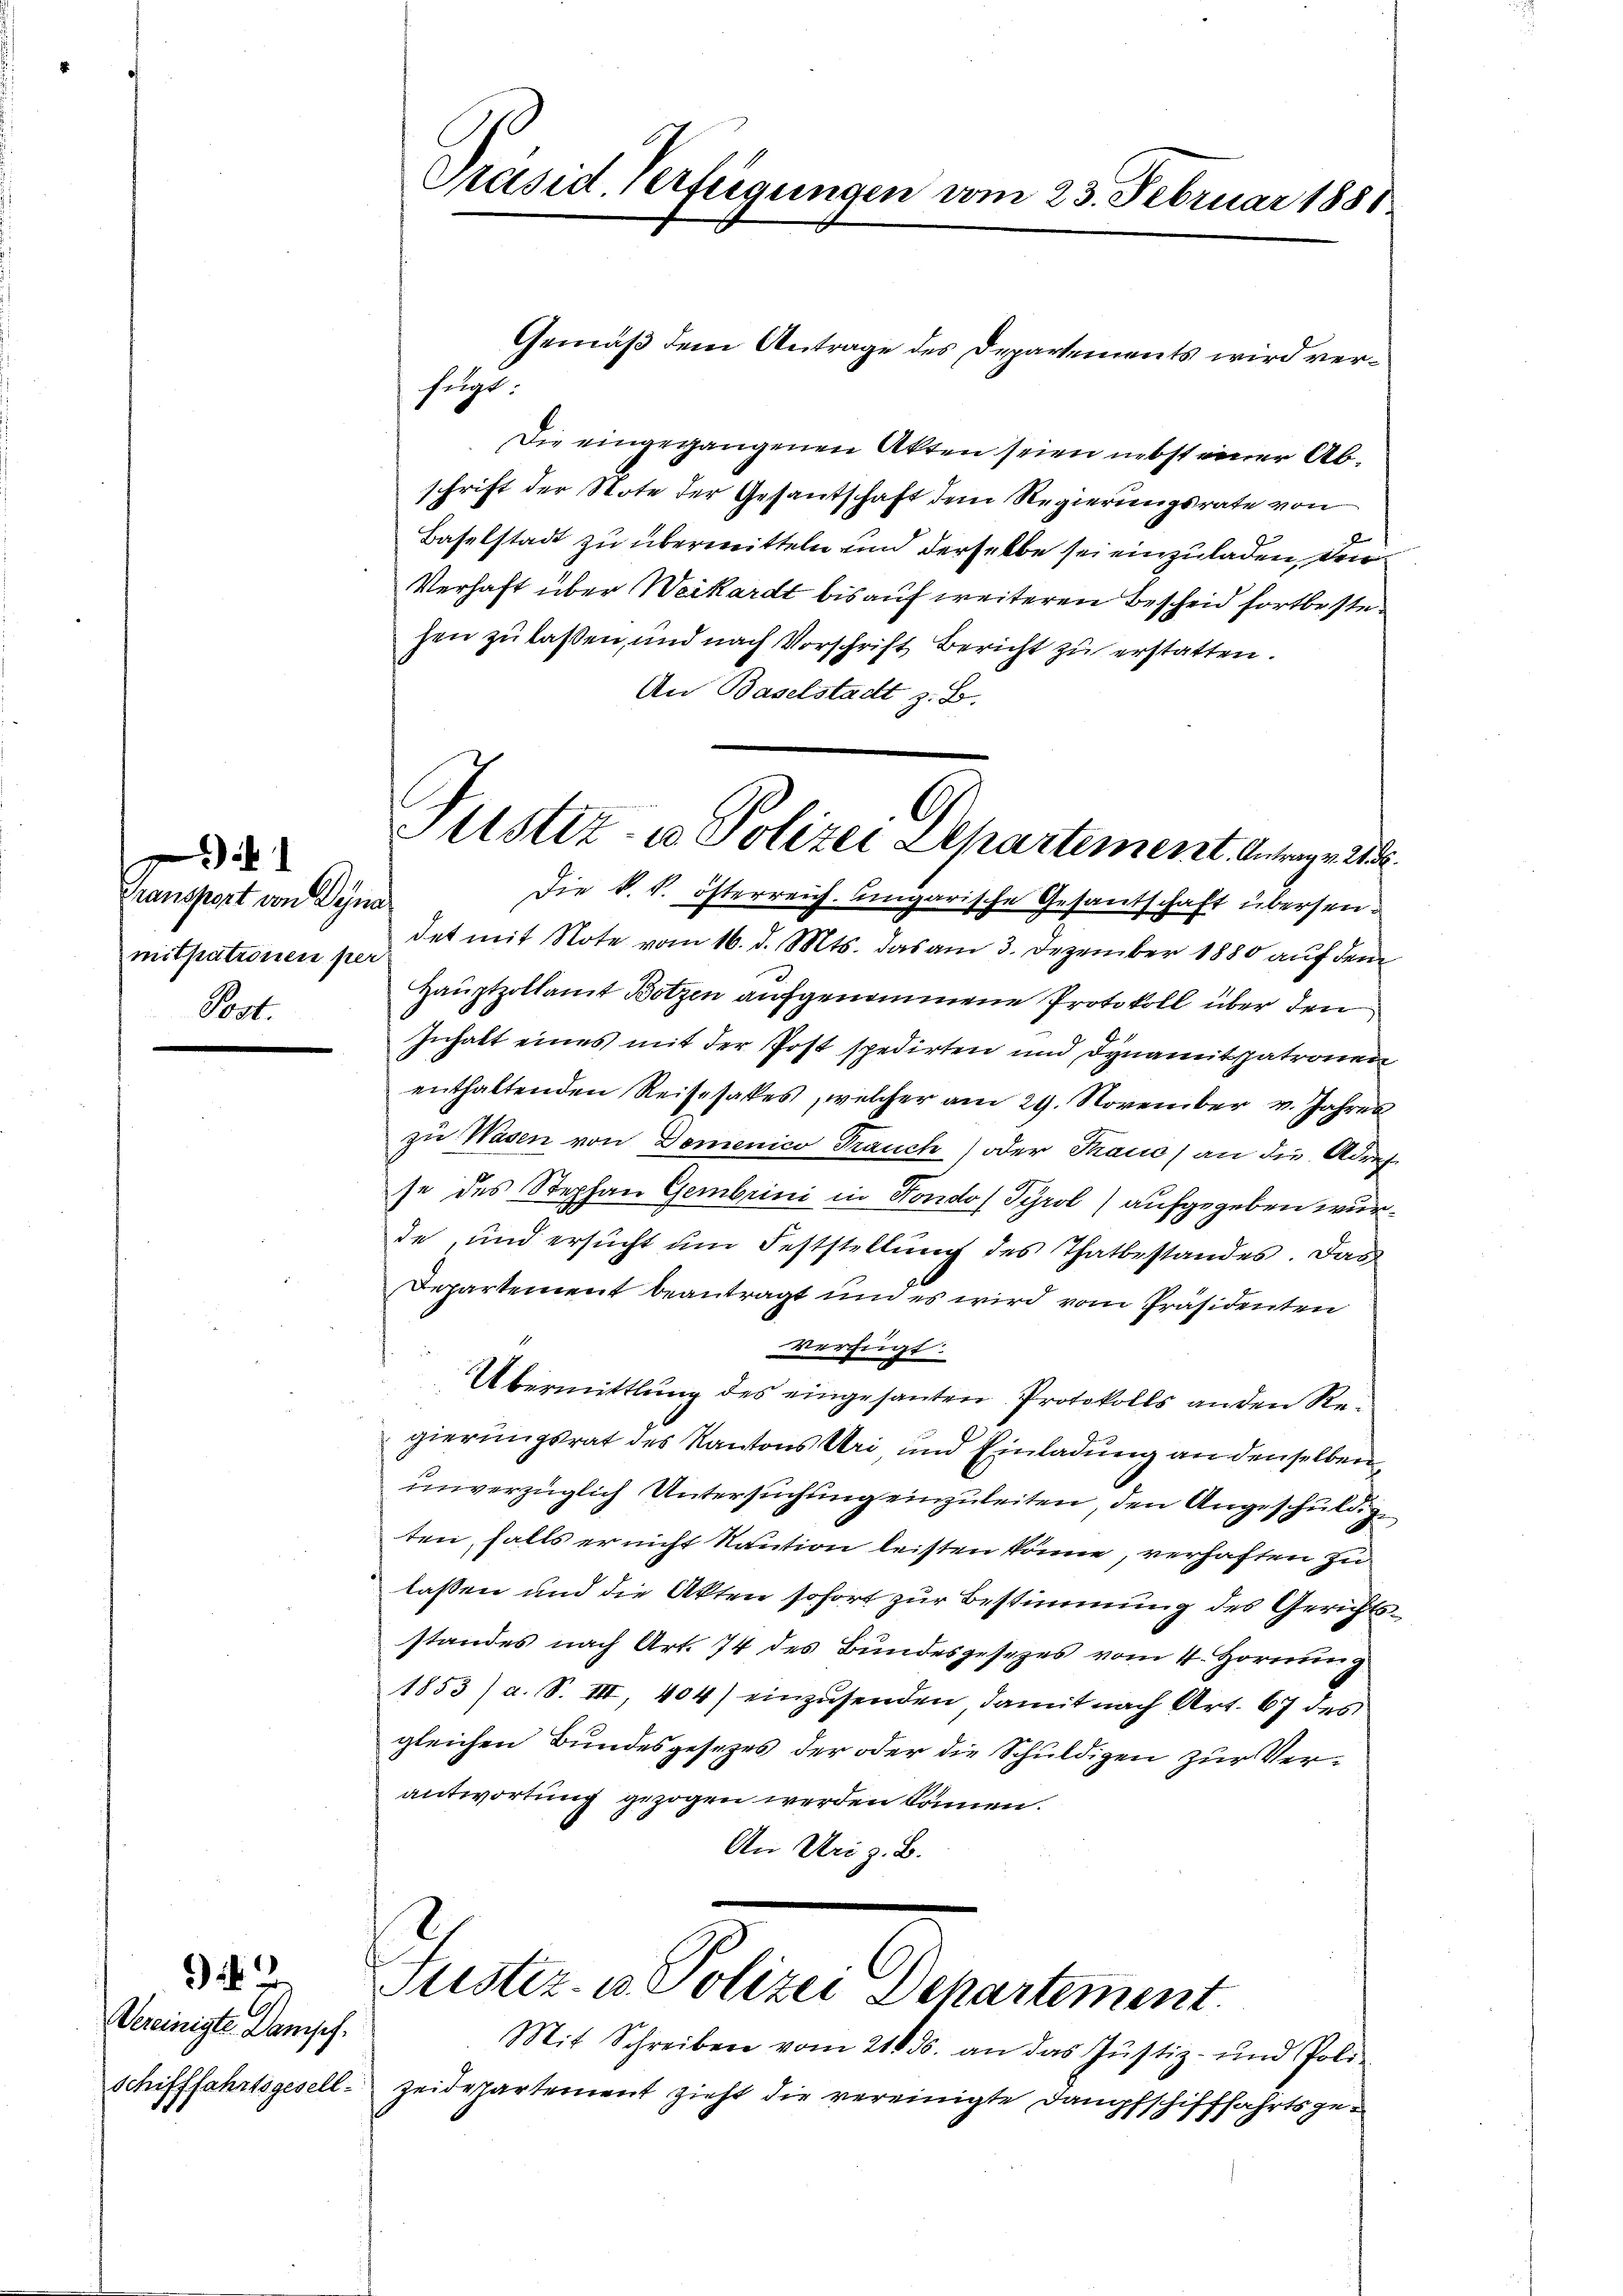
Transport von Dyna
mitpatronen per
Post

Gemäß dem Antrage des Departements wird ver¬
Die eingegangenen Akten seien nebst einer Abschrift der Note der Gesantschaft dem Regierungsrate von
Baselstadt zu übermitteln und derselbe sei einzuladen, den
Verhaft über Weikardt bis auf weiteren Bescheid fortbestehen zu laßen, und nach Vorschrift Bericht zu erstatten.
An Baselstadt z. B.
det mit Note vom 16. d. Mts. das am 3. Dezember 1880 auf dem
Hauptzollamt Botzen aufgenommene Protokoll über den
Inhalt eines mit der Post spedirten und dynamit patronen
enthaltenden Reisesakes, welcher am 29. November v. Jahres
zu Wasen von Domenico Frauch) oder Thaus) an die Adres.
se des Stephan Gembrini in Fondos Tyrol aufgegeben wurde, und ersucht um Feststellung des Thatbestandes. Das
Departement beantragt um es wird vom Präsidenten
verfügt:
Übermittlung des eingesanten Protokolls an den Regierungsrat des Kantons Uri und Einladung an denselben
unverzüglich Untersuchung einzuleiten, den Angeschuldige
ten, falls er nicht Saution leisten könne, verhaften zu
lassen und die Akten sofort zur Bestimmung des Gerichtsstandes nach Art. 74 des Bundesgesezes vom 4. Hornung
1853 / a. S. III, 404) einzusenden damit nach Art. 67 des
gleichen Bundesgesezes der oder die Schuldigen zur Verantwortung gezogen werden können.
An Uri z. B.

Vereinigte. Dampf.
Schifffahrtsgesell

Präsid. Verfügungen vom 23. Februar 1881

heugt

Astiz- u Polizei Apartement. Antrage de
Die k. k. österreich. ungarische Gesantschaft übersen¬

2
Justiz- u. Polizei Departement

Mit Schreiben vom 21836. an das Justiz- und Poli
zeidepartement zieht die vereinigte Dampfschifffahrtsge¬